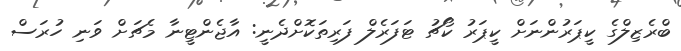
ބްރެޒިލްގެ ކީޕަރުންނަށް ކީޕަރު ކޯޗު ޓަފަރެލް ފަރިތަކޮށްދެނީ: އާޖެންޓީނާ މެޗަށް ވަނި ހުރަސް